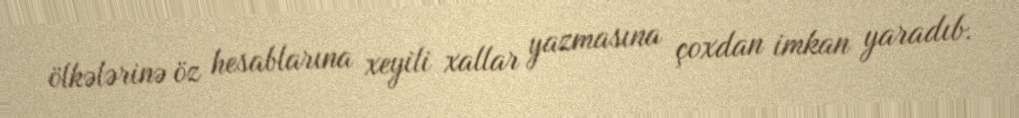
ölkələrinə öz hesablarına xeyili xallar yazmasına çoxdan imkan yaradıb.